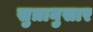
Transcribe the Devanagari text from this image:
सुत्रानुसार